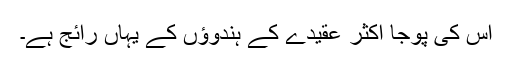
اس کی پوجا اکثر عقیدے کے ہندوؤں کے یہاں رائج ہے۔